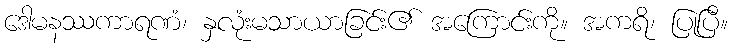
ဒေါမနဿကာရဏံ၊ နှလုံးမသာယာခြင်း၏ အကြောင်းကို။ အကရိ၊ ပြုပြီ။